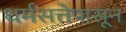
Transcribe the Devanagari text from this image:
धर्मसत्तेपासून